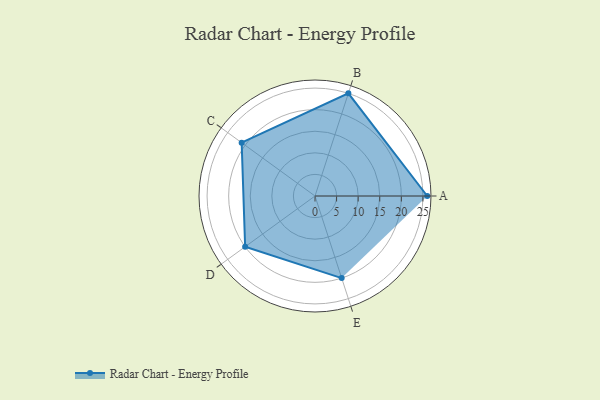
{"axis": {"x": "Skill", "y": "Score"}, "legend": ["Profile"], "data": [{"x": "A", "y": 26.0, "type": "Profile"}, {"x": "B", "y": 25.0, "type": "Profile"}, {"x": "C", "y": 21.0, "type": "Profile"}, {"x": "D", "y": 20, "type": "Profile"}, {"x": "E", "y": 20, "type": "Profile"}]}